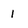
Character: 1